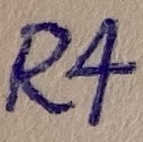
Text: R4